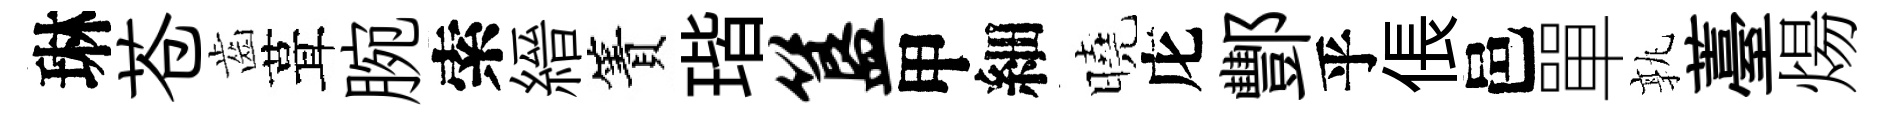
琳苍齒葺腕索縉簀瑎簋甲細曉庀酆乎倀邑單孰薹煬